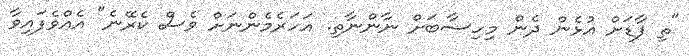
"ތި ފާޑަށް އުޅެން ދެން މިހިސާބަށް ނާންނާތި. އަހަރެމެންނަށް ވެސް ކެރޭނެ" އެއްވެފައިވާ